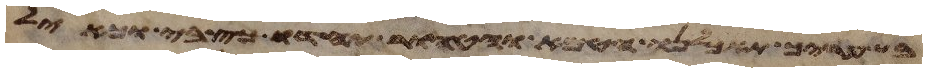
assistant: בשעריך תאכלנו הטמא והטהור יחדו כצבי וכאיל